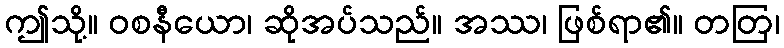
ဤသို့။ ဝစနီယော၊ ဆိုအပ်သည်။ အဿ၊ ဖြစ်ရာ၏။ တတြ၊